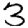
Digit: 3